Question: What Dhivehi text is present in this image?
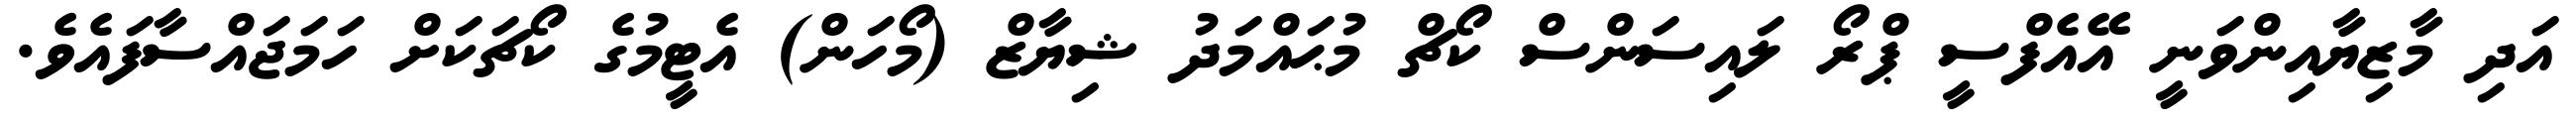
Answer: އަދި މާޒިޔާއިންވަނީ އޭއެފްސީ ޕްރޯ ލައިސަންސް ކޯޗް މުޙައްމަދު ޝިޔާޒް (މޯހަން) އެޓީމުގެ ކޯޗަކަށް ހަމަޖައްސާފައެވެ.